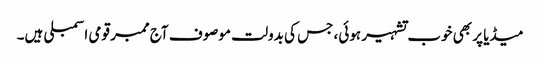
میڈیا پر بھی خوب تشہیر ہوئی، جس کی بدولت موصوف آج ممبر قومی اسمبلی ہیں۔